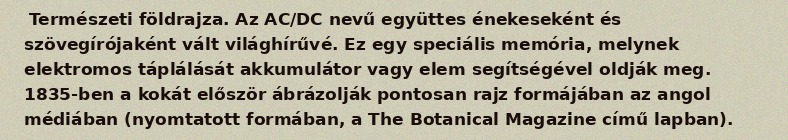
Természeti földrajza. Az AC/DC nevű együttes énekeseként és szövegírójaként vált világhírűvé. Ez egy speciális memória, melynek elektromos táplálását akkumulátor vagy elem segítségével oldják meg. 1835-ben a kokát először ábrázolják pontosan rajz formájában az angol médiában (nyomtatott formában, a The Botanical Magazine című lapban).